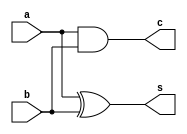
module HalfAdderOp(a,b,s,c);
  input a,b;
  output s,c;
  assign s = a^b;
  assign c = a&b;
endmodule

module HalfAdderOp_tb;
  reg a,b;
  wire s,c;
  HalfAdderOp h1(a,b,s,c);
  initial
  begin
    a=0;b=0;
    #50 a=0;b=1;
    #50 a=1;b=0;
    #50 a=1;b=1;
  end
  
  initial
  $monitor("a=%b, b=%b, s=%b, c=%b",a,b,s,c);
endmodule

module Decoder2to4Op(a,b,o0,o1,o2,o3);
  input a,b;
  output o0,o1,o2,o3;
  assign o0 = ~a&~b;
  assign o1 = ~a&b;
  assign o2 = a&~b;
  assign o3 = a&b;
endmodule

module Decoder2to4Op_tb;
  reg a,b;
  wire o0,o1,o2,o3;
  Decoder2to4Op d1(a,b,o0,o1,o2,o3);
  initial
  begin
     a=0;b=0;
    #50 a=0;b=1;
    #50 a=1;b=0;
    #50 a=1;b=1;
  end
  
  initial
  $monitor("a=%b, b=%b, o0=%b, o1=%b, o2=%b, o3=%b",a,b,o0,o1,o2,o3);
endmodule